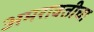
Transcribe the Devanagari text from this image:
अमरावतीचा